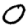
Digit: 0